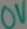
Text: 0V